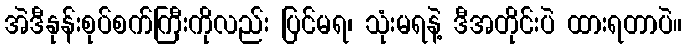
အဲဒီနုန်းစုပ်စက်ကြီးကိုလည်း ပြင်မရ၊ သုံးမရနဲ့ ဒီအတိုင်းပဲ ထားရတာပဲ။